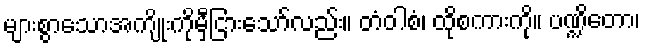
များစွာသောအကျိုးကိုမှီငြားသော်လည်း။ တံဝါစံ၊ ထိုစကားကို။ ပဏ္ဍိတော၊